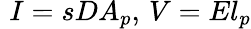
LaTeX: \, \, I=sDA_{p},\, V=El_{p}